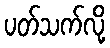
ပတ်သက်လို့